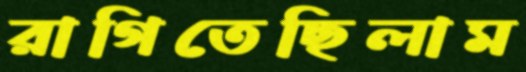
রাগিতেছিলাম